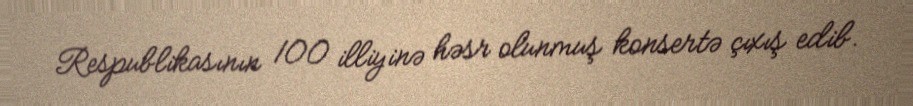
Respublikasının 100 illiyinə həsr olunmuş konsertə çıxış edib.